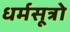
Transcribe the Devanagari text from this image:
धर्मसूत्रो